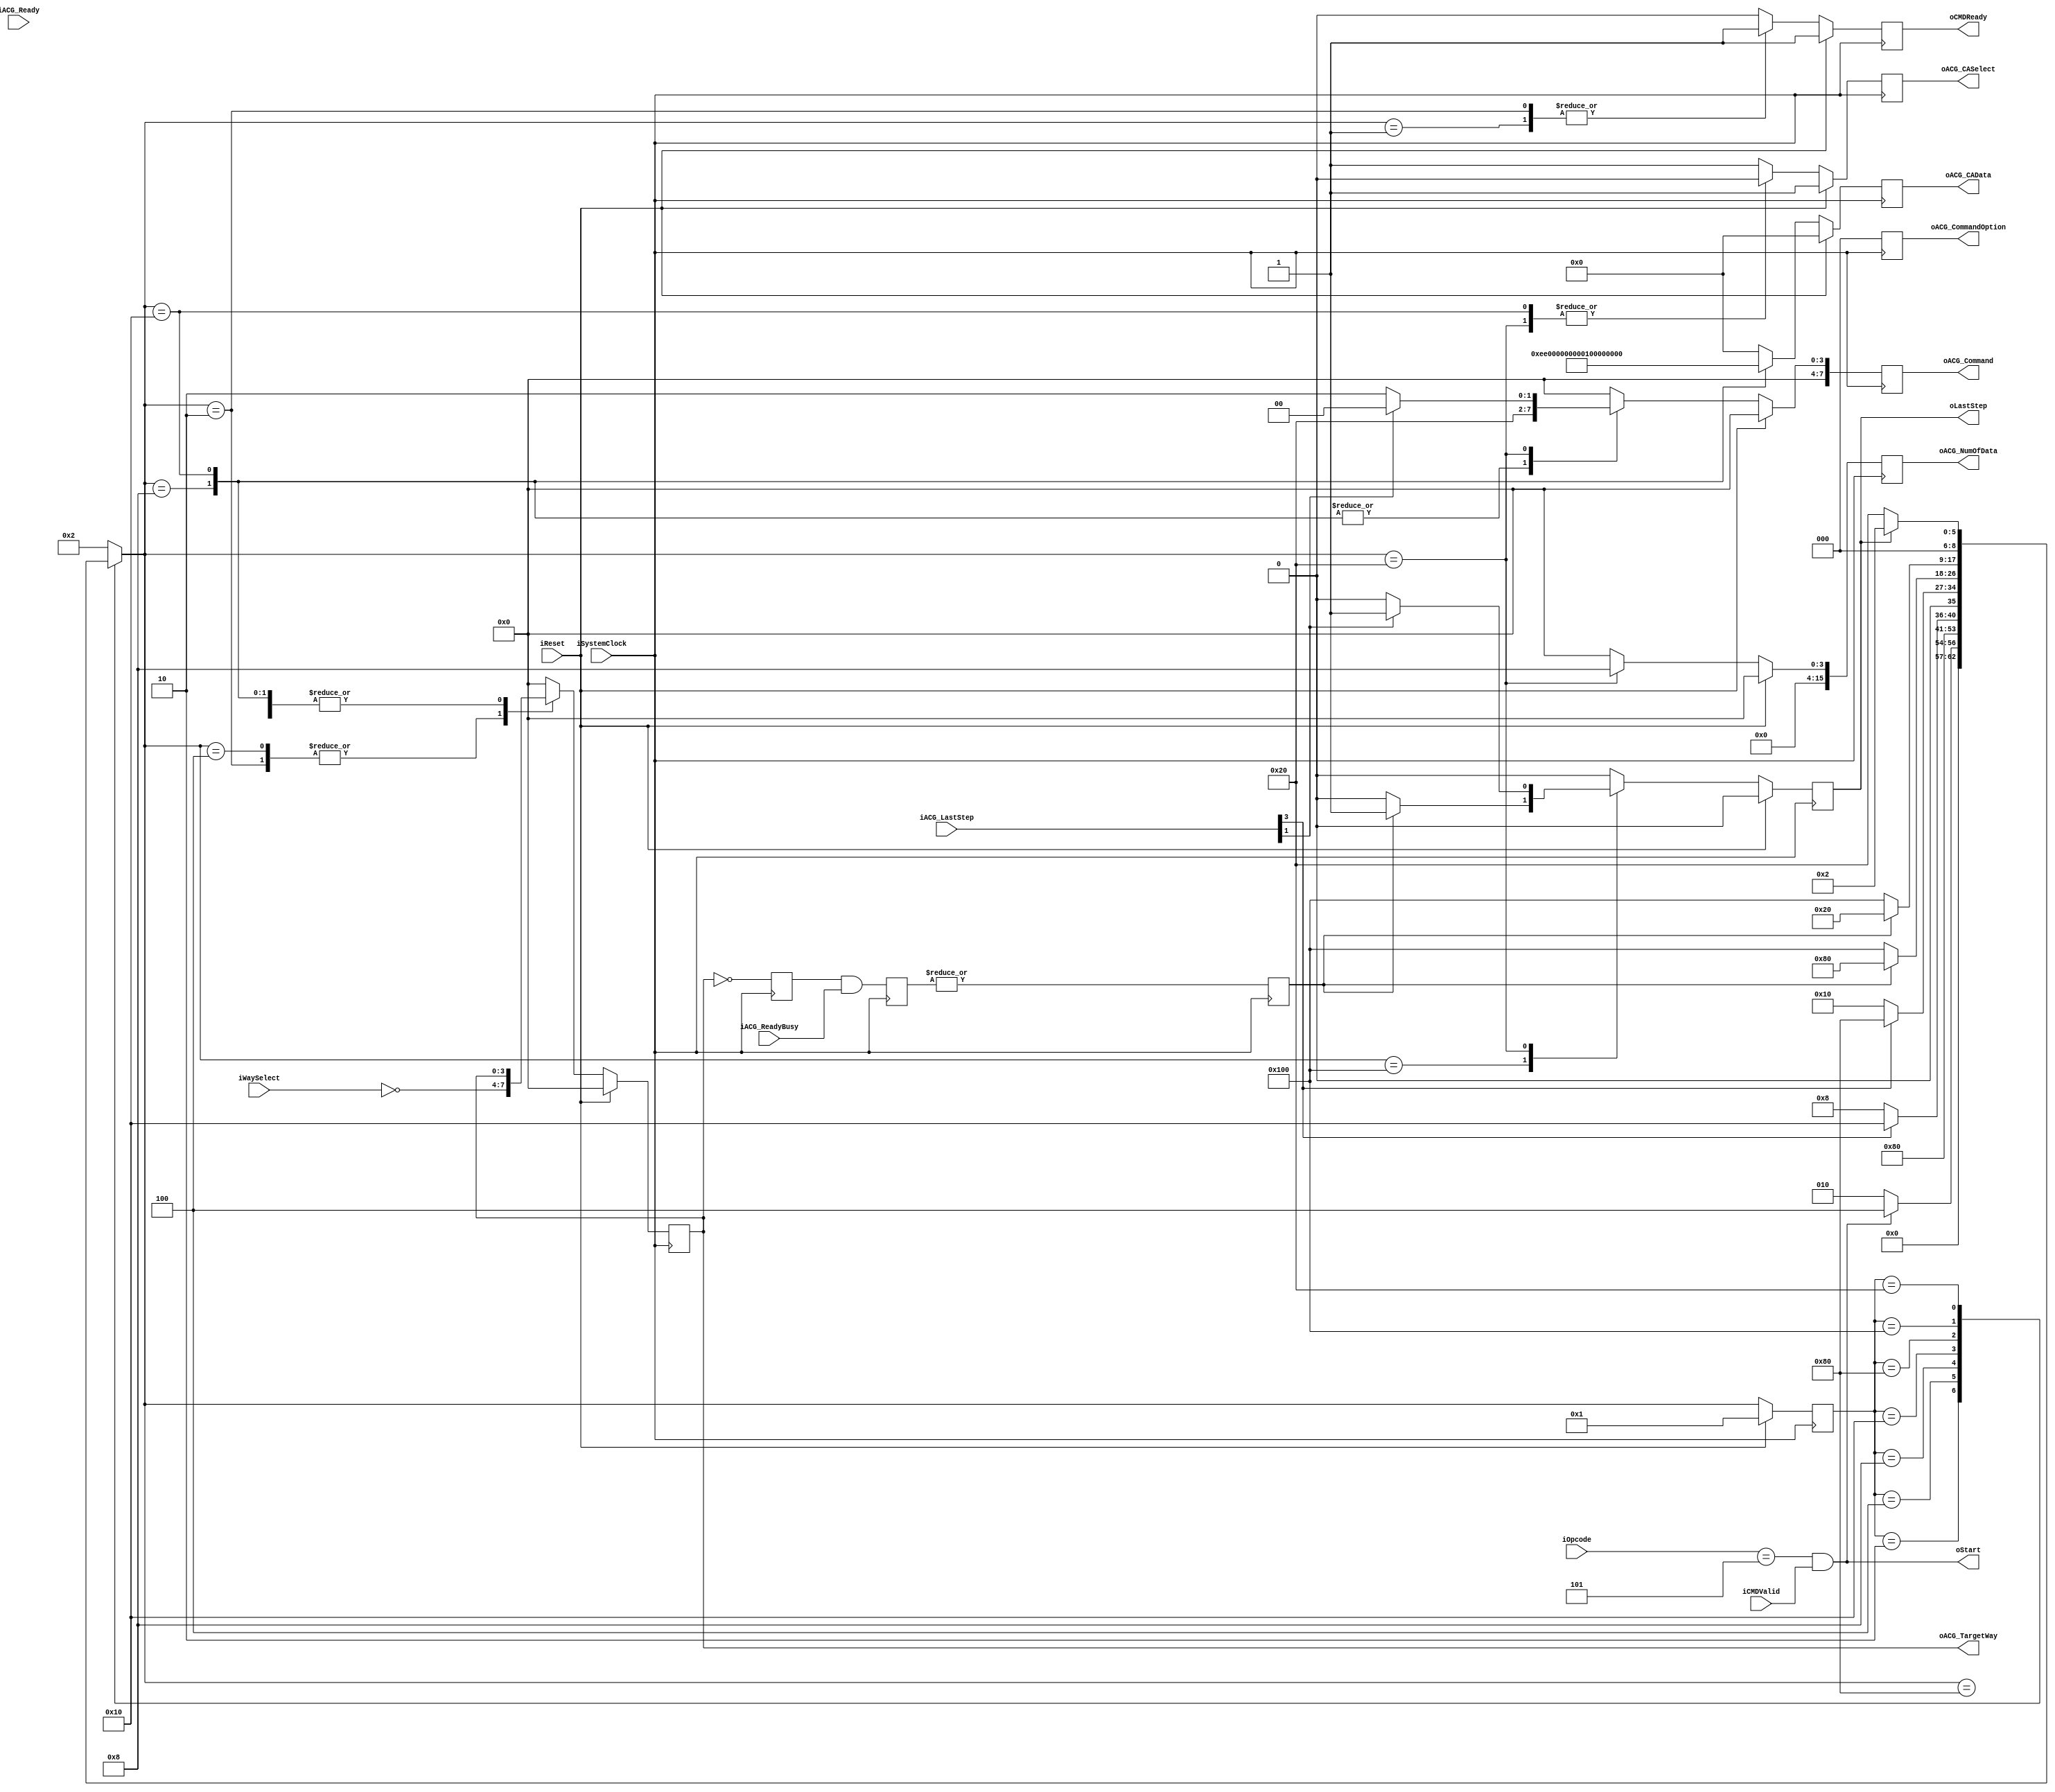
`timescale 1ns / 1ps

module NFC_Command_GetFeature
#
(
    parameter NumberOfWays    =   4,
    parameter CommandID       =   6'b000101,
    parameter TargetID        =   5'b00101
)
(
    iSystemClock             ,  
    iReset                   ,  

    iOpcode                  ,  
    // iTargetID                ,  
    // iSourceID                ,  
    // iAddress                 ,  
    // iLength                  ,  
    iCMDValid                ,  
    oCMDReady                ,  
    iWaySelect               ,

    oStart                   ,
    oLastStep                ,

    // iWriteData               ,  
    // iWriteLast               ,  
    // iWriteValid              ,  
    // oWriteReady              ,  

    // oReadData                ,  
    // oReadLast                ,  
    // oReadValid               ,  
    // iReadReady               , 

    // oReadyBusy               ,  

    oACG_Command          ,  
    oACG_CommandOption    ,  

    iACG_Ready            ,  
    iACG_LastStep         ,  
    oACG_TargetWay        ,  
    oACG_NumOfData        ,  

    oACG_CASelect         ,  
    oACG_CAData           ,  

    // oACG_WriteData        ,  
    // oACG_WriteLast        ,  
    // oACG_WriteValid       ,  
    // iACG_WriteReady       ,  

    // iACG_ReadData         ,  
    // iACG_ReadLast         ,  
    // iACG_ReadValid        ,  
    // oACG_ReadReady        ,  

    iACG_ReadyBusy        
);


    input                           iSystemClock         ;
    input                           iReset               ;
 
    input   [5:0]                   iOpcode              ;
    // input   [4:0]                   iTargetID            ;
    // input   [4:0]                   iSourceID            ;
    // input   [31:0]                  iAddress             ;
    // input   [15:0]                  iLength              ;
    input                           iCMDValid            ;
    output                          oCMDReady            ;

    input   [NumberOfWays - 1:0]    iWaySelect           ;
    output                          oStart               ;
    output                          oLastStep            ;

    // input   [15:0]                  iWriteData           ;
    // input                           iWriteLast           ;
    // input                           iWriteValid          ;
    // output                          oWriteReady          ;

    // output  [31:0]                  oReadData            ;
    // output                          oReadLast            ;
    // output                          oReadValid           ;
    // input                           iReadReady           ;

    // output  [NumberOfWays - 1:0]    oReadyBusy           ;


    output   [7:0]                   oACG_Command             ;
    output   [2:0]                   oACG_CommandOption       ;

    input    [7:0]                   iACG_Ready               ;
    input    [7:0]                   iACG_LastStep            ;
    output   [NumberOfWays - 1:0]    oACG_TargetWay           ;
    output   [15:0]                  oACG_NumOfData           ;

    output                           oACG_CASelect            ;
    output   [39:0]                  oACG_CAData              ;

    // output   [15:0]                  oACG_WriteData           ;
    // output                           oACG_WriteLast           ;
    // output                           oACG_WriteValid          ;
    // input                            iACG_WriteReady          ;
  
    // input    [15:0]                  iACG_ReadData            ;
    // input                            iACG_ReadLast            ;
    // input                            iACG_ReadValid           ;
    // output                           oACG_ReadReady           ;

    input    [NumberOfWays - 1:0]    iACG_ReadyBusy           ;

    // reg                           rStart             ;
    reg                           rLastStep          ;
    // reg   [31:0]                  rAddress             ;
    // reg   [15:0]                  rLength              ;
    reg                           rCMDReady          ;  
    // reg  [NumberOfWays - 1:0]     rReadyBusy     

    reg   [7:0]                   rACG_Command       ;      
    reg   [2:0]                   rACG_CommandOption ;      
    reg   [NumberOfWays - 1:0]    rACG_TargetWay     ;      
    reg   [15:0]                  rACG_NumOfData     ;      
    reg                           rACG_CASelect      ;      
    reg   [39:0]                  rACG_CAData        ;   

    reg   [NumberOfWays - 1:0]    rACG_ReadyBusy     ;
    reg                           rWay_ReadyBusy     ;

    // reg                           rWriteReady          ;

    wire                          wLastStep          ;

    reg   [15:0]                  rACG_WriteData           ;
    reg                           rACG_WriteLast           ;
    reg                           rACG_WriteValid          ;

    reg   [31:0]                  rfeatures;
    // FSM Parameters/Wires/Regs
    localparam rST_FSM_BIT    = 9;
    localparam rST_RESET      = 9'b00000_0001;
    localparam rST_READY      = 9'b00000_0010; //
    localparam rST_CMDLatch   = 9'b00000_0100; // 
    localparam rST_CMDIssue   = 9'b00000_1000; // 
    localparam rST_ADDRIssue  = 9'b00001_0000; // 
    localparam rST_DATAIssue  = 9'b00010_0000; // 
    localparam rST_CMD2Issue  = 9'b00100_0000; // 
    localparam rST_WaitRBLow  = 9'b01000_0000; // 
    localparam rST_WaitRBHigh = 9'b10000_0000; // 

    reg     [rST_FSM_BIT-1:0]       rST_cur_state          ;
    reg     [rST_FSM_BIT-1:0]       rST_nxt_state          ;

    assign wStart    = (iOpcode[5:0] == CommandID) & iCMDValid;
    
    assign wACGReady  = (iACG_Ready[6:0] == 7'b111_1111);
    
    // assign wACAReady = wACGReady;
    // assign wACAStart = wACAReady & rACG_Command[6];
    // assign wACADone  = iACG_LastStep[6];

    assign wACSReady = wACGReady;
    assign wACSStart = wACSReady & rACG_Command[3];
    assign wACSDone  = iACG_LastStep[3];

    // assign wDOAReady = wACGReady;
    // assign wDOAStart = wDOAReady & rACG_Command[5];
    // assign wDOADone  = iACG_LastStep[5];

    assign wDISReady = wACGReady;
    assign wDISStart = wDISReady & rACG_Command[1];
    assign wDISDone  = iACG_LastStep[1];

    // update current state to next state
    always @ (posedge iSystemClock) begin
        if (iReset) begin
            rST_cur_state <= rST_RESET;
        end else begin
            rST_cur_state <= rST_nxt_state;
        end
    end
    
    // deside next state
    always @ ( * ) begin
        case (rST_cur_state)
            rST_RESET: begin
                rST_nxt_state <= rST_READY;
            end
            rST_READY: begin
                rST_nxt_state <= (wStart)? rST_CMDLatch : rST_READY;
            end
            rST_CMDLatch: begin
                rST_nxt_state <= rST_CMDIssue;
            end
            rST_CMDIssue: begin
                rST_nxt_state <= (wACSDone) ? rST_ADDRIssue : rST_CMDIssue;
            end
            rST_ADDRIssue: begin
                rST_nxt_state <= (wACSDone) ? rST_WaitRBLow : rST_ADDRIssue;
            end
            rST_WaitRBLow: begin
                rST_nxt_state <= (rWay_ReadyBusy == 0) ? rST_WaitRBHigh : rST_WaitRBLow; // wait for Valid
            end
            rST_WaitRBHigh: begin
                rST_nxt_state <= (rWay_ReadyBusy == 1) ? rST_DATAIssue : rST_WaitRBHigh; // wait for Valid
            end
            rST_DATAIssue: begin
                rST_nxt_state <= (rLastStep == 1) ? rST_READY : rST_DATAIssue;
            end
            default:
                rST_nxt_state <= rST_READY;
        endcase
    end

    // state behaviour
    always @ (posedge iSystemClock) begin
        if (iReset) begin
            rCMDReady          <= 1;
            rLastStep          <= 0;

            rACG_Command       <= 8'b0000_0000;
            rACG_CommandOption <= 3'b000;
            rACG_TargetWay     <= 8'h00;
            rACG_NumOfData     <= 16'h0000;
            rACG_CASelect      <= 1'b1;
            rACG_CAData        <= 40'h00_00_00_00_00;
        end else begin
            case (rST_nxt_state)
                rST_RESET: begin
                    rCMDReady          <= 1;
                    rLastStep          <= 0;

                    rACG_Command       <= 8'b0000_0000;
                    rACG_CommandOption <= 3'b000;
                    rACG_TargetWay     <= 8'h00;
                    rACG_NumOfData     <= 16'h0000;
                    rACG_CASelect      <= 1'b1;
                    rACG_CAData        <= 40'h00_00_00_00_00;
                end
                rST_READY: begin
                    rCMDReady          <= 1;
                    rLastStep          <= 0;

                    rACG_Command       <= 8'b0000_0000;
                    rACG_CommandOption <= 3'b000;
                    rACG_TargetWay     <= ~iWaySelect;
                    rACG_NumOfData     <= 16'h0000;
                    rACG_CASelect      <= 1'b1;
                    rACG_CAData        <= 40'h00_00_00_00_00;
                end
                rST_CMDLatch: begin
                    rCMDReady          <= 0;
                    rLastStep          <= 0;

                    rACG_Command       <= 8'b0000_0000;
                    rACG_CommandOption <= 3'b000;
                    rACG_TargetWay     <= ~iWaySelect;
                    rACG_NumOfData     <= 16'h0000;
                    rACG_CASelect      <= 1'b1;
                    rACG_CAData        <= 40'h00_00_00_00_00;
                end
                rST_CMDIssue: begin
                    rCMDReady          <= 0;
                    rLastStep          <= 0;

                    rACG_Command       <= 8'b0000_1000;
                    rACG_CommandOption <= 3'b000;
                    rACG_TargetWay     <= rACG_TargetWay;
                    rACG_NumOfData     <= 16'h0000;
                    rACG_CASelect      <= 1'b1;
                    rACG_CAData        <= 40'hEE_00_00_00_00; // RESET FFh
                end
                rST_ADDRIssue: begin
                    rCMDReady          <= 0;
                    rLastStep          <= 0;

                    rACG_Command       <= 8'b0000_1000;
                    rACG_CommandOption <= 3'b000;
                    rACG_TargetWay     <= rACG_TargetWay;
                    rACG_NumOfData     <= 16'h0000;
                    rACG_CASelect      <= 1'b0;
                    rACG_CAData        <= 40'h01_00_00_00_00; // RESET FFh
                end
                rST_WaitRBLow : begin
                    rCMDReady          <= 0;
                    rLastStep          <= 0;

                    rACG_Command       <= 8'b0000_0000;
                    rACG_CommandOption <= 3'b000;
                    rACG_TargetWay     <= rACG_TargetWay;
                    rACG_NumOfData     <= 16'h0000;
                    rACG_CASelect      <= 1'b1;
                    rACG_CAData        <= 40'h00_00_00_00_00;
                end
                rST_WaitRBHigh : begin
                    rCMDReady          <= 0;
                    rLastStep          <= rWay_ReadyBusy ? 1 : 0;

                    rACG_Command       <= 8'b0000_0000;
                    rACG_CommandOption <= 3'b000;
                    rACG_TargetWay     <= rACG_TargetWay;
                    rACG_NumOfData     <= 16'h0000;
                    rACG_CASelect      <= 1'b1;
                    rACG_CAData        <= 40'h00_00_00_00_00;
                end
                rST_DATAIssue: begin
                    rCMDReady          <= 0;
                    rLastStep          <= wDISDone ? 1 : 0;

                    rACG_Command       <= wDISDone ? 8'b0000_0000 : 8'b0000_0010;
                    rACG_CommandOption <= 3'b000;
                    rACG_TargetWay     <= rACG_TargetWay;
                    rACG_NumOfData     <= 8'd8;
                    rACG_CASelect      <= 1'b0;
                    rACG_CAData        <= 40'h00_00_00_00_00; // RESET FFh
                end


                default: begin
                    rCMDReady          <= 0;
                    rLastStep          <= 0;

                    rACG_Command       <= 8'b0000_0000;
                    rACG_CommandOption <= 3'b000;
                    rACG_TargetWay     <= 8'h00;
                    rACG_NumOfData     <= 16'h0000;
                    rACG_CASelect      <= 1'b1;
                    rACG_CAData        <= 40'h00_00_00_00_00;
                end
            endcase
        end
    end

    reg   [NumberOfWays - 1:0]    rACG_TargetWay_m1;
    always @ (posedge iSystemClock) begin
        rACG_TargetWay_m1 <= (~rACG_TargetWay);
        rACG_ReadyBusy <= rACG_TargetWay_m1 & iACG_ReadyBusy;
        rWay_ReadyBusy <= | rACG_ReadyBusy;
    end



    assign oStart             = wStart             ;
    assign oLastStep          = rLastStep          ;

    assign oCMDReady          = rCMDReady          ;
    assign oACG_Command       = rACG_Command       ;
    assign oACG_CommandOption = rACG_CommandOption ;
    assign oACG_TargetWay     = rACG_TargetWay     ;
    assign oACG_NumOfData     = rACG_NumOfData     ;
    assign oACG_CASelect      = rACG_CASelect      ;
    assign oACG_CAData        = rACG_CAData        ;

endmodule